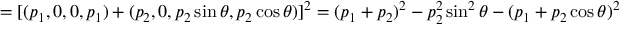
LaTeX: = [ ( p _ { 1 } , 0 , 0 , p _ { 1 } ) + ( p _ { 2 } , 0 , p _ { 2 } \sin \theta , p _ { 2 } \cos \theta ) ] ^ { 2 } = ( p _ { 1 } + p _ { 2 } ) ^ { 2 } - p _ { 2 } ^ { 2 } \sin ^ { 2 } \theta - ( p _ { 1 } + p _ { 2 } \cos \theta ) ^ { 2 }